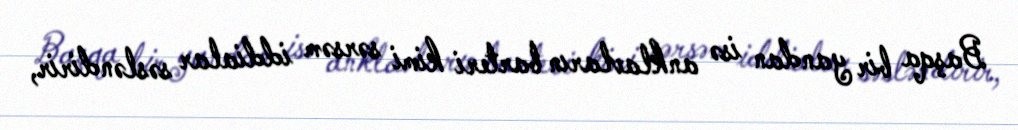
Başqa bir yandan isə anklavların barteri kimi sərsəm iddialar səsləndirir,